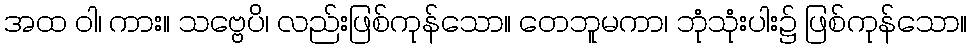
အထ ဝါ၊ ကား။ သဗ္ဗေပိ၊ လည်းဖြစ်ကုန်သော။ တေဘူမကာ၊ ဘုံသုံးပါး၌ ဖြစ်ကုန်သော။